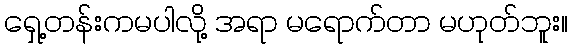
ရှေ့တန်းကမပါလို့ အရာ မရောက်တာ မဟုတ်ဘူး။